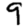
Digit: 9